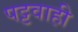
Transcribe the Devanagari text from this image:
पट्टवाही